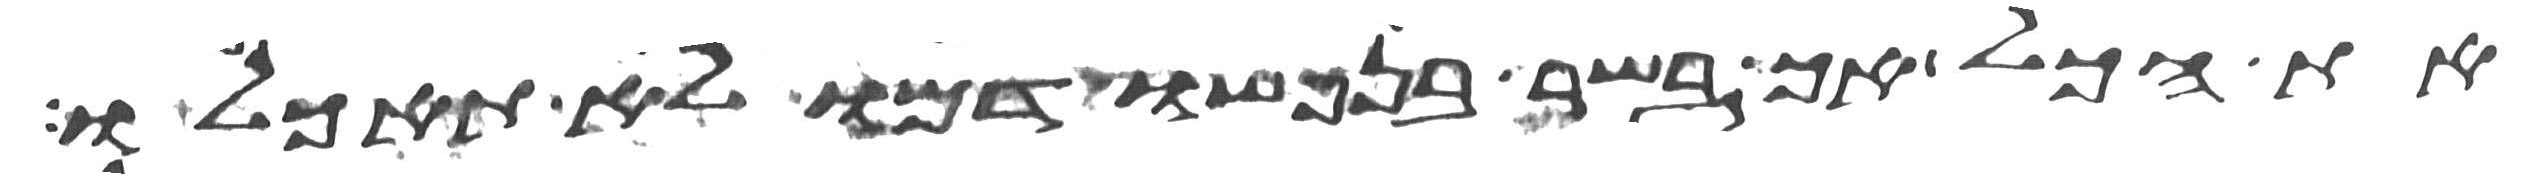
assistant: את הכל אך בשר בנפשו דמו לא תאכלו